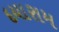
દયારામ